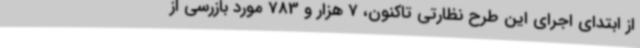
از ابتدای اجرای این طرح نظارتی تاکنون، 7 هزار و 783 مورد بازرسی از